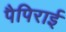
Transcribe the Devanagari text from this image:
पैपिराई